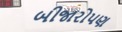
બીજારોપણ